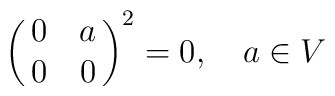
\left(\matrix{0&a \cr                 0&0 \cr}\right)^{2}=0,\quad a \in V